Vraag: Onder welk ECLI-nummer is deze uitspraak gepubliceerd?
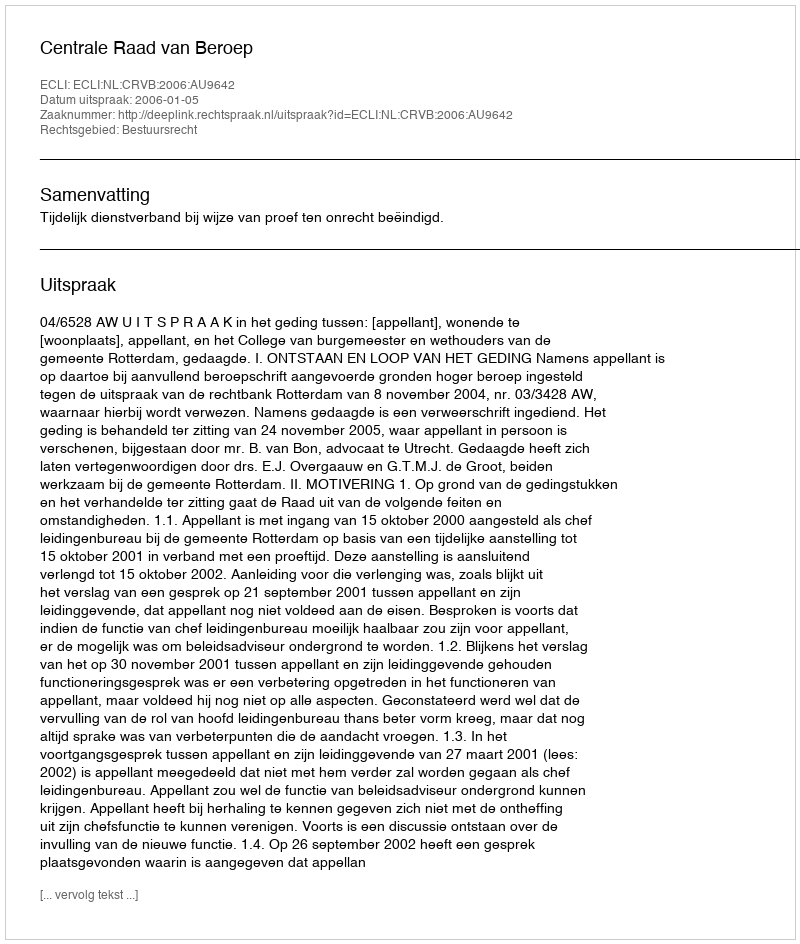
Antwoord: ECLI:NL:CRVB:2006:AU9642